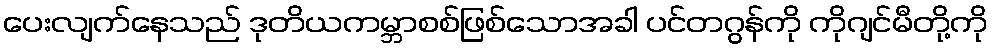
ပေးလျက်နေသည် ဒုတိယကမ္ဘာစစ်ဖြစ်သောအခါ ပင်တဂွန်ကို ကိုဂျင်မီတို့ကို